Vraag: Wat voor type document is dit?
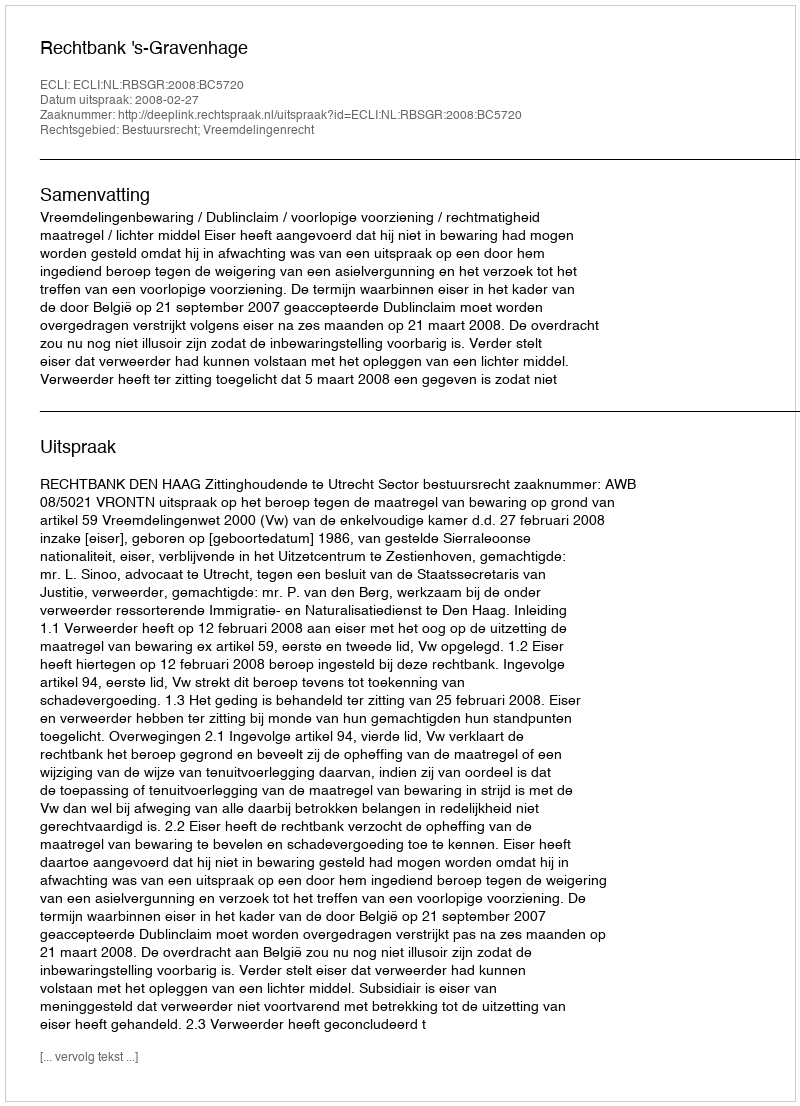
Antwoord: Uitspraak